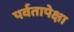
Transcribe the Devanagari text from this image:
पर्वतापेक्षा